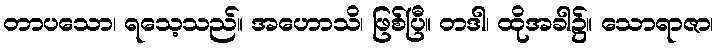
တာပသော၊ ရသေ့သည်။ အဟောသိ၊ ဖြစ်ပြီ။ တဒါ၊ ထိုအခါ၌။ သောရာဇာ၊